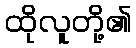
ထိုလူတို့၏